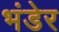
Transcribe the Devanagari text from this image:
भंडेर